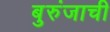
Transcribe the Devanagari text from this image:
बुरुंजाची